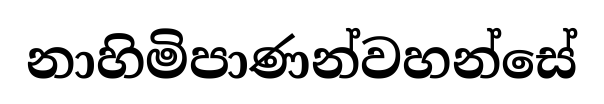
නාහිමිපාණන්වහන්සේ